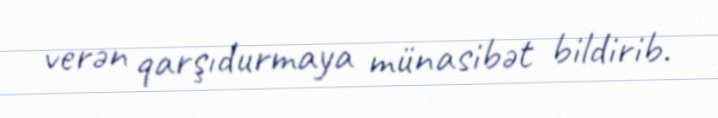
verən qarşıdurmaya münasibət bildirib.